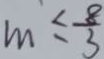
m \leq \frac { 8 } { 3 }